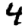
Digit: 4